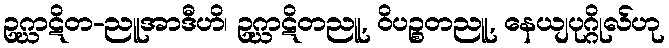
ဥဂ္ဃာဋိတ-ညူအာဒီဟိ၊ ဥဂ္ဃာဋိတညူ, ဝိပဉ္စတညူ, နေယျပုဂ္ဂိုလ်ဟု